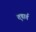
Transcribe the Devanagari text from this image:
तृषार्त